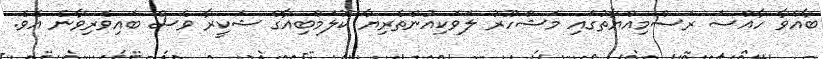
ބާއްވާ ހާއްސަ ރަސްމިއްޔާތުގައި މަޝްހޫރު ލަވަކިއުންތެރިޔާ ކޮލަމްބިއާގެ ޝަކީރާ ވެސް ބައިވެރިވާނެ އެވެ.